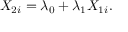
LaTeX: X _ { 2 i } = \lambda _ { 0 } + \lambda _ { 1 } X _ { 1 i } .